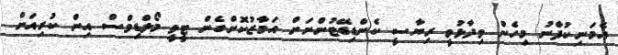
އެމަނިކުފާނު މިހެން ވިދާޅުވީ ރިޔާސީ ކެންޑިޑޭޓުންނަށް އަމާޒުކޮށްގެން ޓީވީ މޯލްޑިވްސް އިން ކުރިއަށް